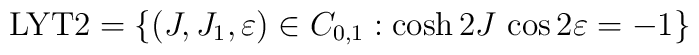
{\rm LYT2}= \left\{ (J,J_1,\varepsilon) \in C_{0,1} :           \cosh 2J \,\cos 2 \varepsilon = -1 \right\}